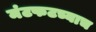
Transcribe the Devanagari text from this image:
मंटफटच्याच